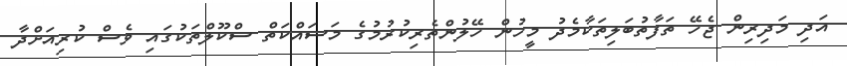
އަދި މަދިރިން ޖެހޭ ތަފާތުބަލިތަކާމެދު މީހުން ހޭލުންތެރިކުރުމުގެ މަސައްކަތް ސްކޫލްތަކުގައި ވެސް ކުރިއަށްދާ